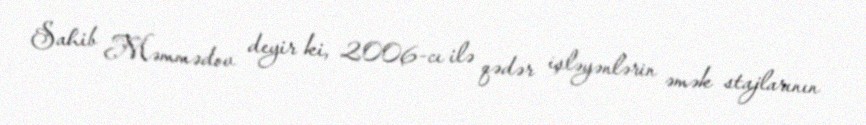
Sahib Məmmədov deyir ki, 2006-cı ilə qədər işləyənlərin əmək stajlarının